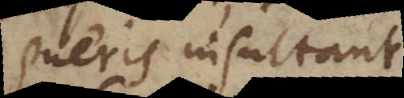
pueris insultant.